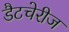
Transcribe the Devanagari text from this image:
डैटचेरीज